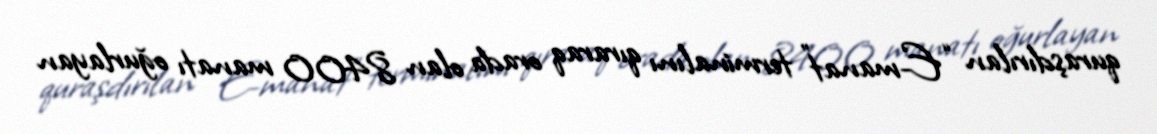
quraşdırılan “E-manat” terminalını qıraraq orada olan 8400 manatı oğurlayan